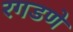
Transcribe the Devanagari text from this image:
रगडणे